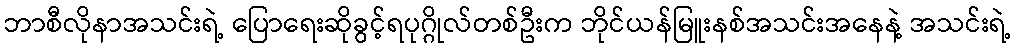
ဘာစီလိုနာအသင်းရဲ့ ပြောရေးဆိုခွင့်ရပုဂ္ဂိုလ်တစ်ဦးက ဘိုင်ယန်မြူးနစ်အသင်းအနေနဲ့ အသင်းရဲ့